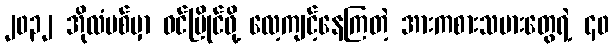
၂၀၃၂ အိုလံပစ်မှာ ဝင်ပြိုင်ဖို့ လေ့ကျင့်နေကြတဲ့ အားကစားသမားတွေရဲ့ ၄၀